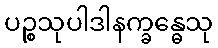
ပဉ္စသုပါဒါနက္ခန္ဓေသု